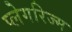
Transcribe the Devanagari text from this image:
प्लेगरिज्म